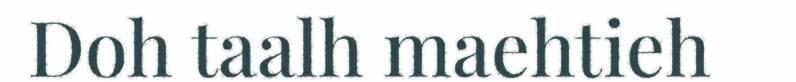
Doh taalh maehtieh